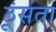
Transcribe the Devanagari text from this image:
ठूंसता